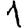
Digit: 1